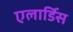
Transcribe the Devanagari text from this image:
एलार्डिस